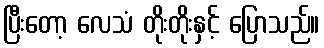
ပြီးတော့ လေသံ တိုးတိုးနှင့် ပြောသည်။